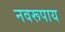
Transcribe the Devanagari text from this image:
नवरूपाय